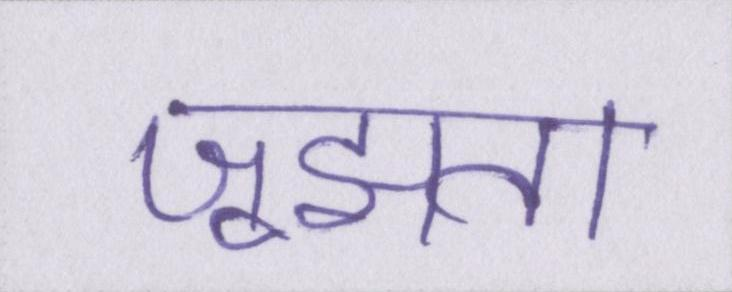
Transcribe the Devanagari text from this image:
जूझता